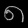
Digit: ၈